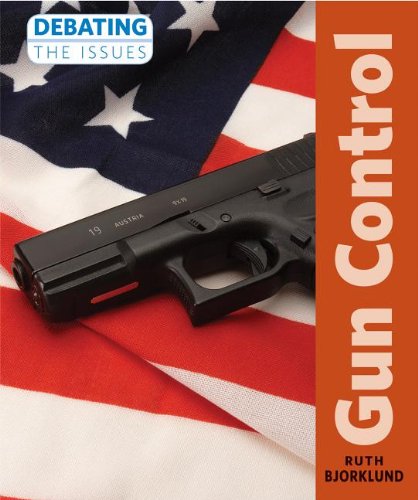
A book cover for Gun Control (Debating the Issues); Ruth Bjorklund; Teen & Young Adult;